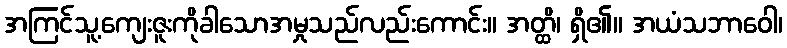
အကြင်သူ့ကျေးဇူးကိုခါသောအမှုသည်လည်းကောင်း။ အတ္ထိ၊ ရှိ၏။ အယံသဘာဝေါ၊